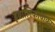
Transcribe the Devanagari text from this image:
इवालिकावाका